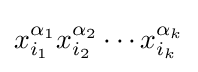
x_{i_{1}}^{\alpha _{1}}x_{i_{2}}^{\alpha _{2}}\cdots x_{i_{k}}^{\alpha _{k}}